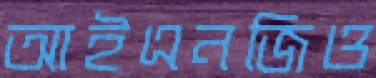
আইএনজিও